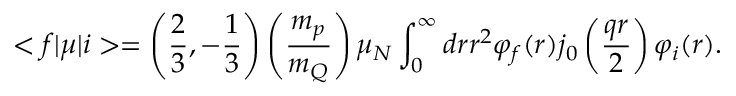
< f | \mu | i > = \left( \frac { 2 } { 3 } , - \frac { 1 } { 3 } \right) \left( \frac { m _ { p } } { m _ { Q } } \right) \mu _ { N } \int _ { 0 } ^ { \infty } d r r ^ { 2 } \varphi _ { f } ( r ) j _ { 0 } \left( \frac { q r } { 2 } \right) \varphi _ { i } ( r ) .